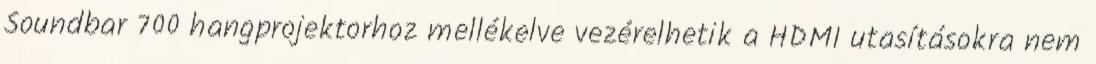
Soundbar 700 hangprojektorhoz mellékelve vezérelhetik a HDMI utasításokra nem